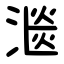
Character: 㴴